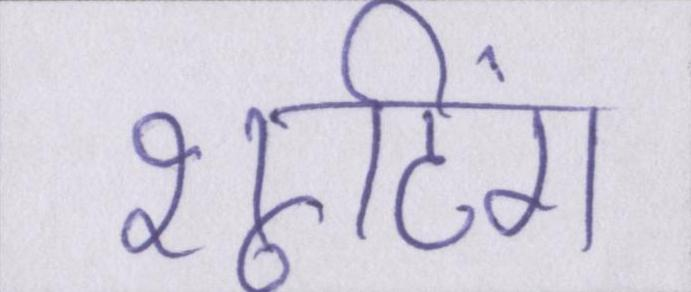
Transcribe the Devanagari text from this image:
शूटिंग